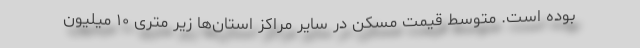
بوده است. متوسط قیمت مسکن در سایر مراکز استان‌ها زیر متری ۱۰ میلیون